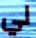
لي